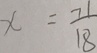
x = \frac { 7 1 } { 1 8 }